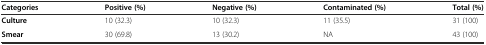
<table><thead><tr><td><b>Categories</b></td><td><b>Positive (%)</b></td><td><b>Negative (%)</b></td><td><b>Contaminated (%)</b></td><td><b>Total (%)</b></td></tr></thead><tbody><tr><td><b>Culture</b></td><td>10 (32.3)</td><td>10 (32.3)</td><td>11 (35.5)</td><td>31 (100)</td></tr><tr><td><b>Smear</b></td><td>30 (69.8)</td><td>13 (30.2)</td><td>NA</td><td>43 (100)</td></tr></tbody></table>